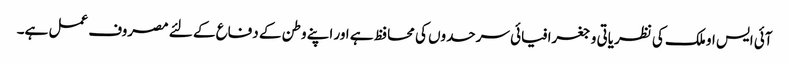
آئی ایس او ملک کی نظریاتی و جغرافیائی سرحدوں کی محافظ ہے اور اپنے وطن کے دفاع کے لئے مصروف عمل ہے۔